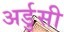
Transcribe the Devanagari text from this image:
अर्डुसी